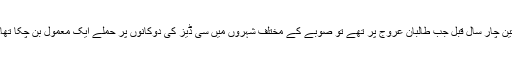
تین چار سال قبل جب طالبان عروج پر تھے تو صوبے کے مختلف شہروں میں سی ڈیز کی دوکانوں پر حملے ایک معمول بن چکا تھا۔